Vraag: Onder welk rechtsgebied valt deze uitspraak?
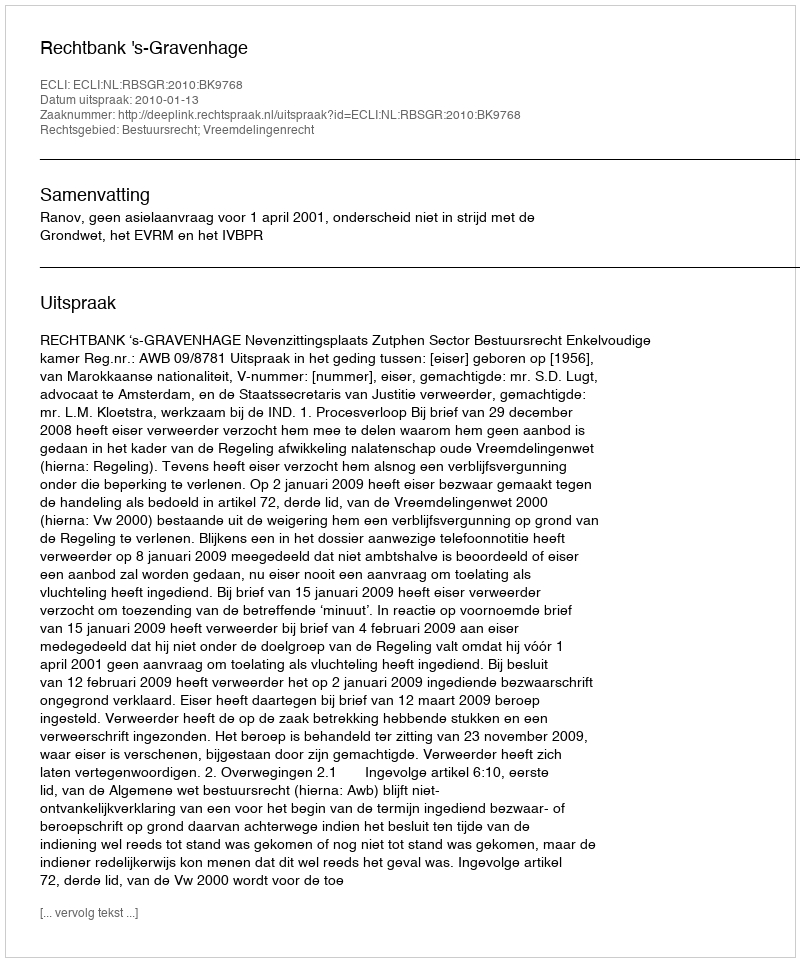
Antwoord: Bestuursrecht; Vreemdelingenrecht